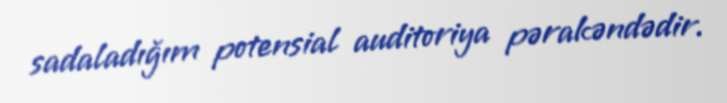
sadaladığım potensial auditoriya pərakəndədir.